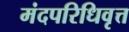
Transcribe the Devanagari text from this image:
मंदपरिधिवृत्त